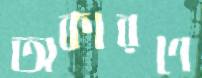
অকারণে